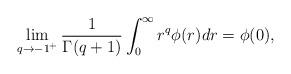
LaTeX: \begin{align*} \lim_{q\to -1^+} \frac{1}{\Gamma(q+1)}\int_0^\infty r^{q} \phi(r) dr = \phi(0), \end{align*}